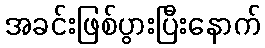
အခင်းဖြစ်ပွားပြီးနောက်